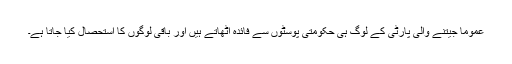
عموما جیتنے والی پارٹی کے لوگ ہی حکومتی پوسٹوں سے فائدہ اٹھاتے ہیں اور باقی لوگوں کا استحصال کیا جاتا ہے۔